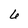
Character: 6